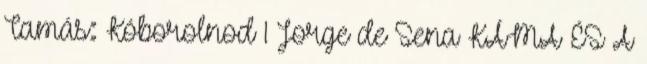
Tamás: Kóborolnod 1 Jorge de Sena KÁMA ÉS A